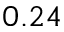
0 . 2 4